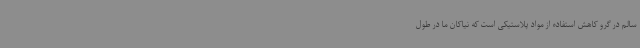
سالم در گرو کاهش استفاده از مواد پلاستیکی است که نیاکان ما در طول